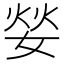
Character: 𮱌